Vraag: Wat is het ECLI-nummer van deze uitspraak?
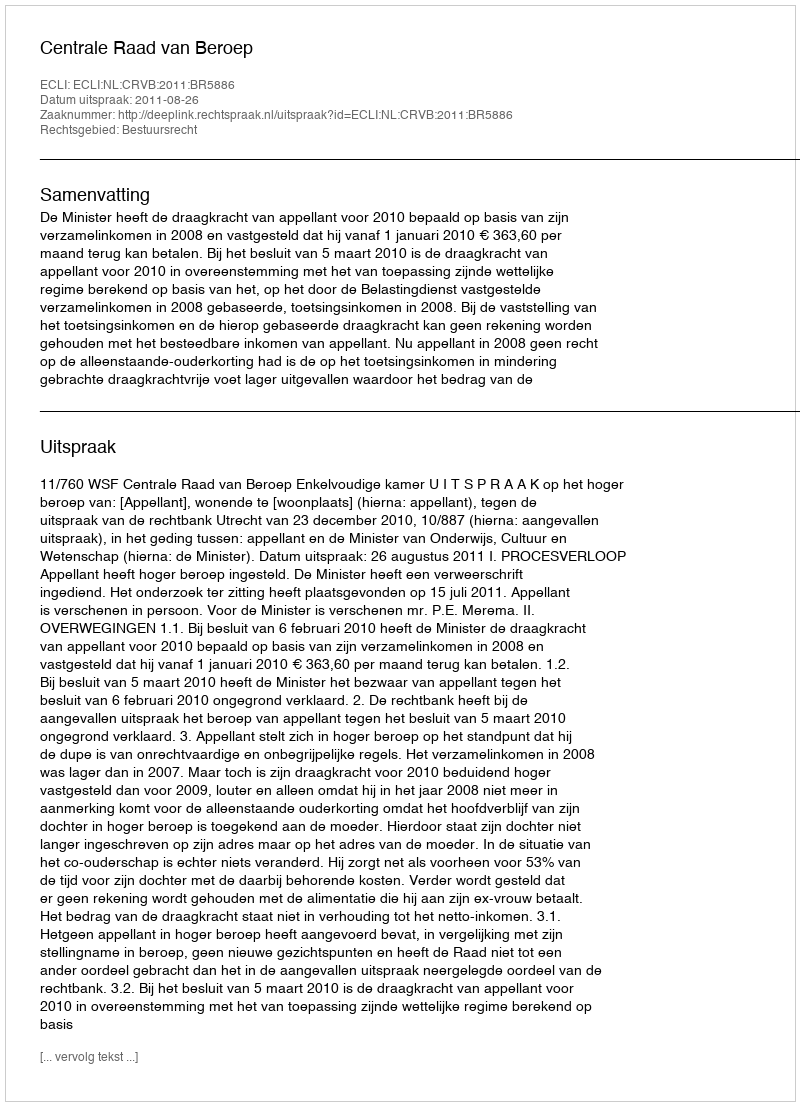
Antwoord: ECLI:NL:CRVB:2011:BR5886